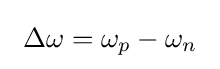
\ \Delta \omega =\omega _{p}-\omega _{n}\